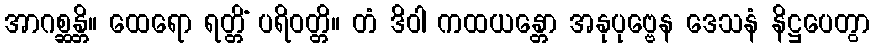
အာဂစ္ဆန္တိ။ ထေရော ရတ္တိံ ပရိဝတ္တိ။ တံ ဒိဝါ ကထယန္တော အနုပုဗ္ဗေန ဒေသနံ နိဋ္ဌပေတွာ